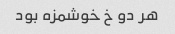
هر دو خ خوشمزه بود